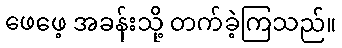
ဖေဖေ့ အခန်းသို့ တက်ခဲ့ကြသည်။